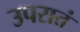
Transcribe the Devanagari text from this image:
उपरातं